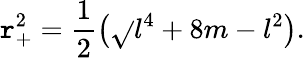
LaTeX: \mathtt{r}_{+}^{2}=\frac{{1}}{{2}}\left(\sqrt{}{{l^{4}+8m}}-l^{2}\right).